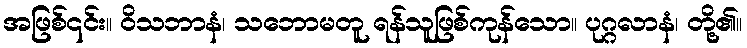
အဖြစ်၎င်း။ ဝိသဘာနံ၊ သဘောမတူ ရန်သူဖြစ်ကုန်သော။ ပုဂ္ဂလာနံ၊ တို့၏။